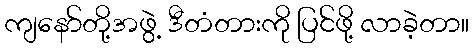
ကျနော်တို့အဖွဲ့ ဒီတံတားကို ပြင်ဖို့ လာခဲ့တာ။